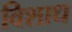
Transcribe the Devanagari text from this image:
विशाध